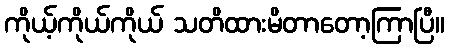
ကိုယ့်ကိုယ်ကိုယ် သတိထားမိတာတော့ကြာပြီ။